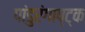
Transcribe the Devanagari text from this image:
पांडुरंगाष्ट्क